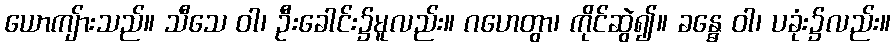
ယောကျ်ားသည်။ သီသေ ဝါ၊ ဦးခေါင်း၌မူလည်း။ ဂဟေတွာ၊ ကိုင်ဆွဲ၍။ ခန္ဓေ ဝါ၊ ပခုံး၌လည်း။